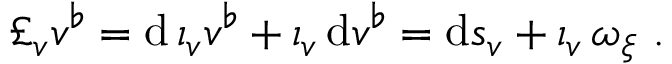
\pounds _ { v } v ^ { \flat } = \mathrm { d } \, \iota _ { v } v ^ { \flat } + \iota _ { v } \, \mathrm { d } v ^ { \flat } = \mathrm { d } s _ { v } + \iota _ { v } \, \omega _ { \xi } \ .